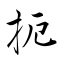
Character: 扼